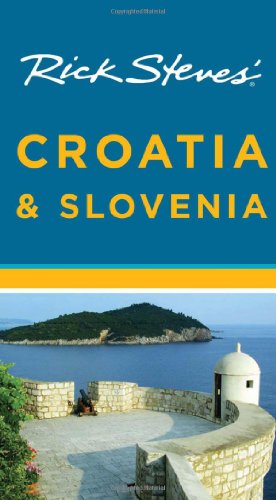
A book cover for Rick Steves' Croatia and Slovenia (Rick Steves' Croatia & Slovenia); Rick Steves; Travel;